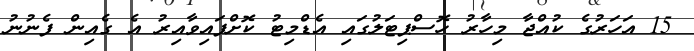
15 އަހަރުގެ ކުއްޖާ މިހާރު ހޮސްޕިޓަލުގައި އެޑްމިޓު ކޮށްފައިވާއިރު އެ ގެއިން ފެނުނު